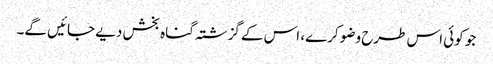
جو کوئی اس طرح وضو کرے، اس کے گزشتہ گناہ بخش دیے جائیں گے۔